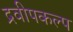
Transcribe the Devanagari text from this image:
द्रवीपकल्प